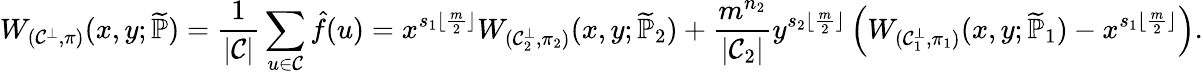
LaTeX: W_{(\mathcal{C}^{\bot},\pi)}(x,y;\widetilde{\mathbb{P}})=\frac{1}{|\mathcal{C}|}\sum_{u\in\mathcal{C}}\hat{f}(u)=x^{s_{1}\lfloor\frac{m}{2}\rfloor}W_{(\mathcal{C}_{2}^{\bot},\pi_{2})}(x,y;\widetilde{\mathbb{P}}_{2})+\frac{m^{n_{2}}}{|\mathcal{C}_{2}|}y^{s_{2}\lfloor\frac{m}{2}\rfloor}\left(W_{(\mathcal{C}_{1}^{\bot},\pi_{1})}(x,y;\widetilde{\mathbb{P}}_{1})-x^{s_{1}\lfloor\frac{m}{2}\rfloor}\right).